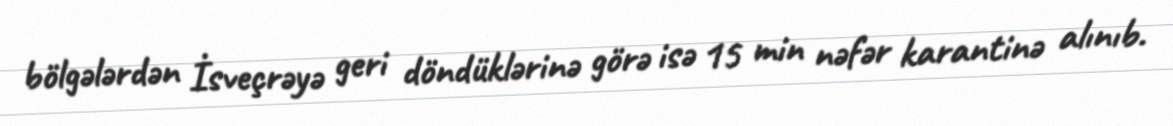
bölgələrdən İsveçrəyə geri döndüklərinə görə isə 15 min nəfər karantinə alınıb.